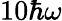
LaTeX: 10\hbar\omega